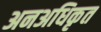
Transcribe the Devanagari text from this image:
अनअधिकृत